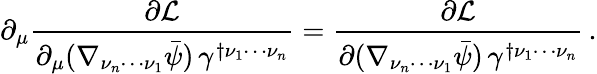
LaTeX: \partial_{\mu}\frac{\partial\mathcal{L}}{\partial_{\mu}(\nabla_{\nu_{n}\cdots\nu_{1}}\bar{\psi})\, \gamma^{\dagger\nu_{1}\cdots\nu_{n}}}=\frac{\partial\mathcal{L}}{\partial(\nabla_{\nu_{n}\cdots\nu_{1}}\bar{\psi})\, \gamma^{\dagger\nu_{1}\cdots\nu_{n}}}\, .